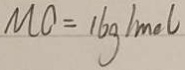
M O = 1 6 g / m o l